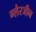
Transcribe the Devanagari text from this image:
ग्लैरजीन